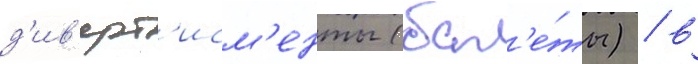
д'ив'ерт'исм'енты (бал'е́ты) / в